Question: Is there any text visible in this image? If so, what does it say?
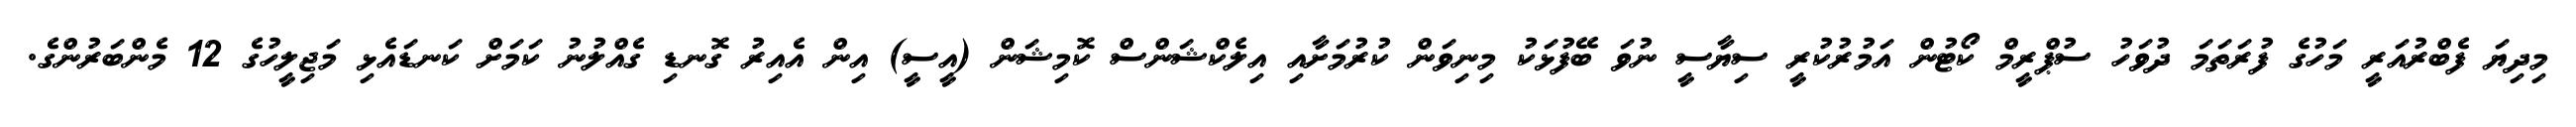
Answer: މިދިޔަ ފެބްރުއަރީ މަހުގެ ފުރަތަމަ ދުވަހު ސުޕްރީމް ކޯޓުން އަމުރުކުރީ ސިޔާސީ ނުވަ ބޭފުޅަކު މިނިވަން ކުރުމަށާއި އިލެކްޝަންސް ކޮމިޝަން (އީސީ) އިން އެއިރު ގޮނޑި ގެއްލުނު ކަމަށް ކަނޑައެޅި މަޖިލީހުގެ 12 މެންބަރުންގެ.